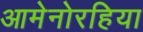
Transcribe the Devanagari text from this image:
आमेनोरहिया